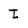
Character: I